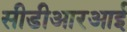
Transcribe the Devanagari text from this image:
सीडीआरआई